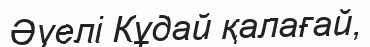
Әуелі Кұдай қалағай,